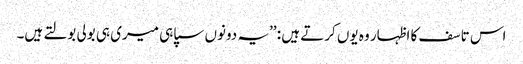
اس تاسف کا اظہار وہ یوں کرتے ہیں : ’’یہ دونوں سپاہی میری ہی بولی بولتے ہیں۔